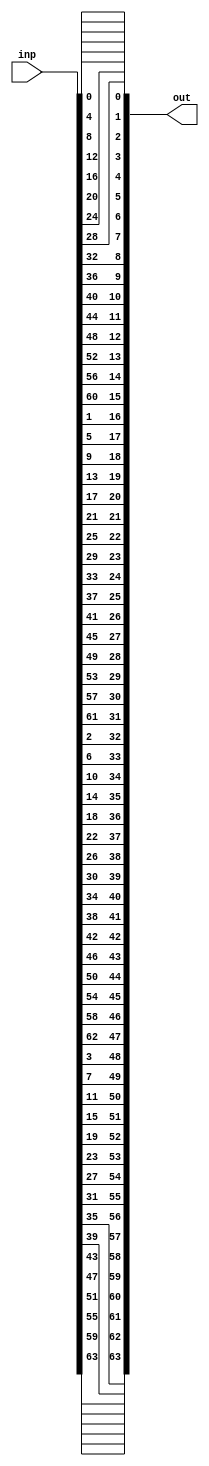
`timescale 1ns / 1ps

module perm(
    inp,
    out
);

input [0:63] inp; // 4-bit input
output [0:63] out; // 4-bit output

// Permutation
assign out = {
    inp[00], inp[04], inp[08], inp[12], inp[16], inp[20], inp[24], inp[28],
    inp[32], inp[36], inp[40], inp[44], inp[48], inp[52], inp[56], inp[60],
    inp[01], inp[05], inp[09], inp[13], inp[17], inp[21], inp[25], inp[29],
    inp[33], inp[37], inp[41], inp[45], inp[49], inp[53], inp[57], inp[61],
    inp[02], inp[06], inp[10], inp[14], inp[18], inp[22], inp[26], inp[30],
    inp[34], inp[38], inp[42], inp[46], inp[50], inp[54], inp[58], inp[62],
    inp[03], inp[07], inp[11], inp[15], inp[19], inp[23], inp[27], inp[31],
    inp[35], inp[39], inp[43], inp[47], inp[51], inp[55], inp[59], inp[63]
};

endmodule